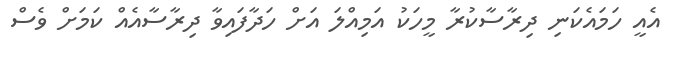
އެއީ ހަމައެކަނި ދިރާސާކުރާ މީހަކު އަމިއްލަ އަށް ހަދާފައިވާ ދިރާސާއެއް ކަމަށް ވެސް